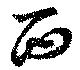
西